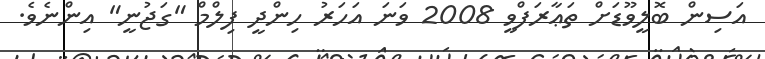
އަސިން ބޮލީވޫޑަށް ތަޢާރަފްވީ 2008 ވަނަ އަހަރު ހިންދީ ފިލްމް "ގަޖުނީ" އިންނެވެ.